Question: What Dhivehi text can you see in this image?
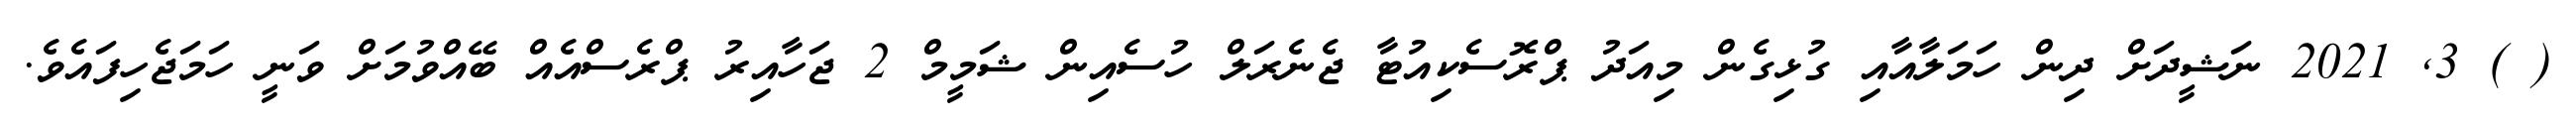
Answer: ( ) 3, 2021 ނަޝީދަށް ދިން ހަމަލާއާއި ގުޅިގެން މިއަދު ޕްރޮސެކިއުޓާ ޖެނެރަލް ހުސެއިން ޝަމީމް 2 ޖަހާއިރު ޕްރެސްއެއް ބޭއްވުމަށް ވަނީ ހަމަޖެހިފައެވެ.